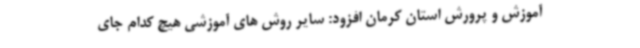
آموزش و پرورش استان کرمان افزود: سایر روش های آموزشی هیچ کدام جای